Vital statistics of India. Vol. IV, Annual returns from 1871 to 1876. British Army of India, Native Army and jails of Bengal
Year: 1871
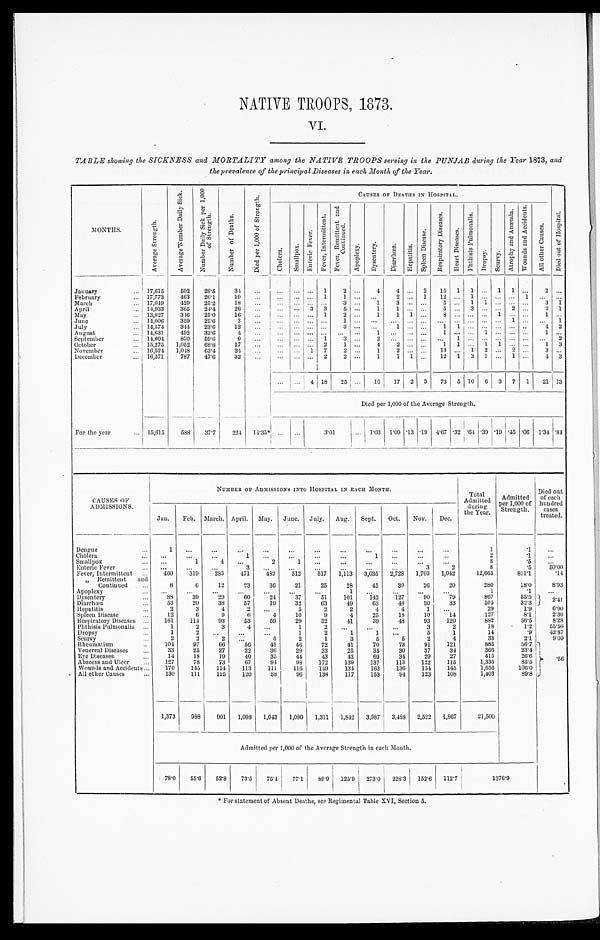
NATIVE TROOPS, 1873.
VI.
TABLE showing the SICKNESS and MORTALITY among the NATIVE TROOPS serving in the PUNJAB during the Year 1873, and
the prevalence of the principal Diseases in each Month of the Year.
MONTHS.
A v e r a g e S t r e n g t h .
A v e r a g e N u m b e r D a i l y S i c k .
N u m b e r D a i l y S i c k p e r 1 , 0 0 0 o f S t r e n g t h .
N u m b e r o f D e a t h s .
D i e d p e r 1 , 0 0 0 o f S t r e n g t h .
CAUSES OF DEATHS IN HOSPITAL.
D i e d o u t o f H o s p i t a l .
C h o l e r a .
S m a l l p o x .
E n t e r i c F e v e r s .
F e v e r , I n t e r m i t t e n t .
F e v e r , R e m i t t e n t a n d C o n t i n u e d .
A p o p l e x y .
D y s e n t e r y .
D i a r r h œ a .
H e p a t i t i s .
S p l e e n Di s e a s e .
R e s p i r a t o r y D i s e a s e s .
H e a r t D i s e a s e s .
P h t h i s i s P u l m o n a l i s .
D r o p s y .
S c u r v y .
A t r o p h y a n d A n æ m i a .
W o u n d s a n d A c c i d e n t s .
A l l o t h e r C a u s e s .
January . . .
17,615
502
28.5
34
. . .
. . .
. . .
. . . 1
2
. . .
4
4
. . . 2
15
1
1
. . .
1
1
. . .
2
. . .
February . . .
17,773
463
26.1
19
. . .
. . .
. . .
. . . 1
1
. . .
. . .
2
. . .1
1 2
. . .
1
. . .
. . .
. . .
1
. . .
. . .
March . . .
17,049
429
25.2
18
. . .
. . .
. . .
. . .
. . .
3
. . .
1
3
. . .. . .
5
. . .
1
1
. . .
. . .
. . .
3
1
April . . .
14,933
365
24.4
26
. . .
. . .
. . . 3
3
5
. . .
1
1
. . .. . .
5
. . .
3
. . .
. . .
2
. . .
2
1
May . . .
13,827
316
25.0
16
. . .
. . .
. . .
. . . 1
2
. . .
1
1
1 . . .
8
. . .
. . .
. . .
1
. . .
. . .
1
. . .
June . . .
14,006
359
25.6
3
. . .
. . . . . .
. . .
. . .
1
. . .
. . .
. . .
. . .. . .
. . .
. . .
. . .
. . .
. . .
1
. . .
. . . 1
July . . .
14,574
344
23.6
12
. . .
. . .
. . .
. . .
. . .
3
. . .
. . .
1
. . .. . .
1
1
. . .
. . .
. . .
. . .
. . .
4
2
August . . .
14,631
492
33.6
4
. . .
. . .
. . .
. . .
. . .
. . .
. . .
1
. . .
. . . . . .
1
. . .
. . .
1
. . .
. . .
. . .
1
. . .
September . . .
14,604
870
59.6
9
. . .
. . .
. . .
. . . 1
3
. . .
2
. . .
. . .. . .
. . . 1
. . .
. . .
. . .
. . .
. . .
. . . 2
October . . .
15,275
1,052
68.8
17
. . .
. . . . . .
. . . 2
1
. . .
4
2
. . . . . .
1
1
. . . 1
1
. . .
. . .
1
3
November . . .
16,524
1,048
63.4
34
. . .
. . . . . . 1
7
2
. . .
1
2
. . . . . .
13
. . . 1
2
. . . 2
. . .
3
. . .
December . . .
16,571
787
47.6
32
. . .
. . .
. . .
. . . 2
2
. . .
1
1
1 . . .
12
1
3
1
. . . 1
. . .
4
3
. . .
. . . 4 18
25
. . .
16
17
2
3
73
5 10
6
3
7
1
21 13
Died per 1,000 of the Average Strength.
For the year . . . 15,615
588
37.7
224
14.35*
. . .
. . .
3.01
. . . 1.03
1.09 .13 .19
4.67 .32 .64 .39 .19 .45
. 0 6 1.34 .84
CAUSES OF
ADMISSIONS.
NUMBER OF ADMISSIONS INTO HOSPITAL IN EACH MONTH.
Total
Admitted
during the Year.
Admitted
per 1,000 of
Strength.
Died out
of each
hundred
cases
treated.
Jan.
Feb.
March. April.
May.
June.
July.
Aug.
Sept.
Oct.
Nov.
Dec.
Dengue . . .
1
. . .
. . .
. . .
. . .
. . .
. . .
. . .
. . .
. . .
. . .
. . .
1
.1
. . .
Cholera . . .
. . .
. . .
. . .
1
. . .
. . .
. . .
. . .
1
. . .
. . .
. . .
2
.1
. . .
Smallpox . . .
. . .
1
4
. . .
2
1
. . .
. . .
. . .
. . .
. . .
. . .
8
.5
. . .
Enteric Fever . . .
. . .
. . .
. . .
3
. . .
. . .
. . .
. . .
. . .
. . .
3
2
8
.5
50.00
Fever, Intermittent . . .
460
319
283
471
482
512
517
1,113
3,035
2,728
1,703
1,042
12,665
811.1
.14
" Remittent and Continued . . .
8
6
12
23
36
21
25
28
45
30
26
20
280
18.0
8.93
Apoplexy . . .
. . .
. . .
. . .
. . .
. . .
. . .
. . .
1
. . .
. . .
. . .
. . .
1
. 1
. . .
Dysentery . . .
88
39
29
60
24
37
51
101
142
127
90
79
867
55.5
2.41
Diarrhœa . . .
53
20
38
57
19
32
63
49
63
48
30
33
505
32.3
Hepatitis . . .
2
3
4
2
. . .
5
2
2
4
4
1
. . .
29
1.9
6.90
Spleen Disease . . .
12
6
9
6
4
10
9
4
25
18
10
14
127
8.1
2.36
Respiratory Diseases . . .
161
114
93
53
59
29
32
41
39
48
93
120
882
56.5
8.28
Phthisis Pulmonalis . . .
1
2
3
4
. . .
1
2
. . .
. . .
. . .
3
2
18
1.2
55.56
Dropsy . . .
1
2
. . .
. . .
. . .
1
2
1
1
. . .
5
1
14
.9
42.87
S c u r v y . . .
2
2
2
. . .
5
2
1
3
5
5
2
4
33
2.1
9.09
Rheumatism . . .
104
97
66
56
48
46
72
41
70
73
91
121
885
56.7
.56
Venereal Diseases . . .
33
25
27
22
36
29
33
25
35
30
37
34
366
23.4
Eye Diseases . . .
14
18
19
40
35
44
43
43
69
34
29
27
415
26.6
Abscess and Ulcer . . .
127
78
73
67
94
98
172
139
137
113
122
115
1,335
85.5
Wounds and Accidents . . .
176
145
114
113
111
116
149
134
163
136
154
145
1,656
106.0
All other Causes . . .
130
111
125
120
88
96
138
117
153
94
123
108
1,403
89.8
1,373
988
901
1,098
1,043
1,080
1,311
1,842
3,987
3,488
2,522
1,867
21,500
Admitted per 1,000 of the Average Strength in each Month.
78.0
55.6
52.8
73.5
75.4
77.1
89.9 125.9
273.0
228.3
152.6 112.7
1376.9
* For statement of Absent Deaths, see Regimental Table XVI, Section 5.